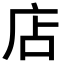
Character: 店